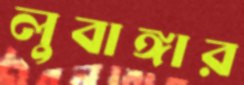
লুবাঙ্গার